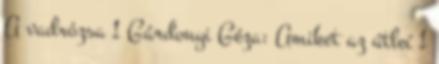
A vadrózsa 1 Gárdonyi Géza: Amiket az útleí 1